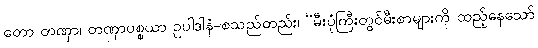
တော တဏှာ၊ တဏှာပစ္စယာ ဥပါဒါနံ-စသည်တည်း၊ “မီးပုံကြီးတွင်မီးစာများကို ထည့်နေသော်